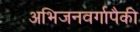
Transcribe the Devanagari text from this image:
अभिजनवर्गापैकी